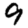
Digit: 9